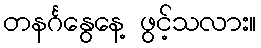
တနင်္ဂနွေနေ့ ဖွင့်သလား။